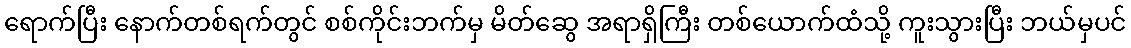
ရောက်ပြီး နောက်တစ်ရက်တွင် စစ်ကိုင်းဘက်မှ မိတ်ဆွေ အရာရှိကြီး တစ်ယောက်ထံသို့ ကူးသွားပြီး ဘယ်မှပင်